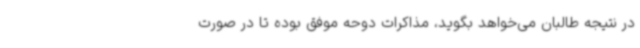
در نتیجه طالبان می‌خواهد بگوید، مذاکرات دوحه موفق بوده تا در صورت